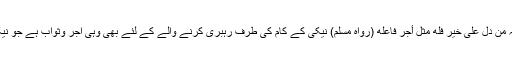
حدیث شریف میں آتا ہے کہ من دل على خير فله مثل أجر فاعله (رواه مسلم) نیکی کے کام کی طرف رہبری کرنے والے کے لئے بھی وہی اجر وثواب ہے جو نیکی کرنے والے کیلئے ہے۔